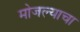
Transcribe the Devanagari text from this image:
मोजल्याचा